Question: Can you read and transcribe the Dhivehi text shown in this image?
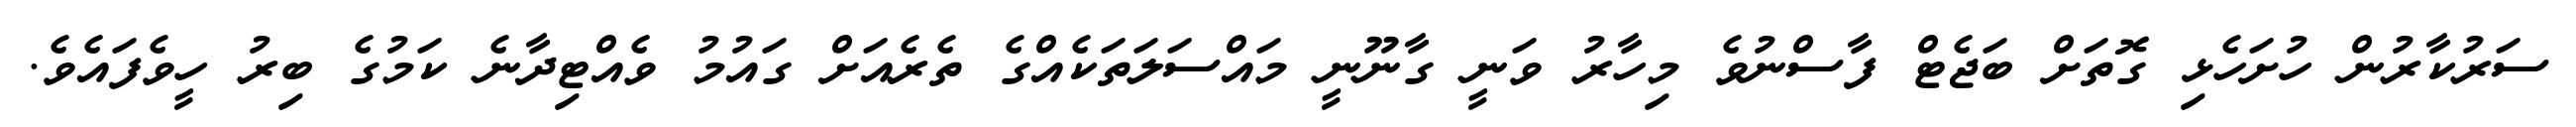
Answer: ސަރުކާރުން ހުށަހެޅި ގޮތަށް ބަޖެޓް ފާސްނުވެ މިހާރު ވަނީ ގާނޫނީ މައްސަލަތަކެއްގެ ތެރެއަށް ގައުމު ވެއްޓިދާނެ ކަމުގެ ބިރު ހީވެފައެވެ.